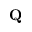
\mathbf { Q }